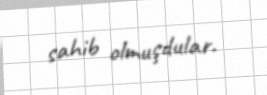
sahib olmuşdular.